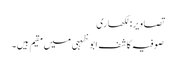
تصاویر: لکھاری
صوفیہ کاشف ابو ظہبی میں مقیم ہیں۔